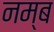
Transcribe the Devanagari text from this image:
नम्ब